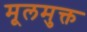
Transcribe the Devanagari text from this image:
मूलमुक्त